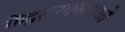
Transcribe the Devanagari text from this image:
केंद्रसरकारमध्ये